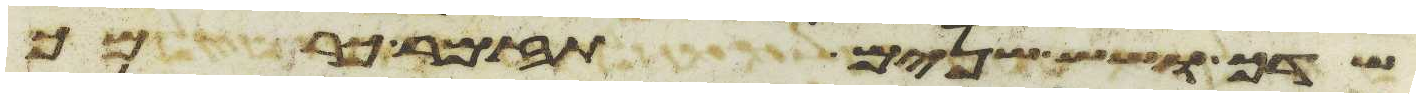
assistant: שדך ושש שנים תזמר כרמך